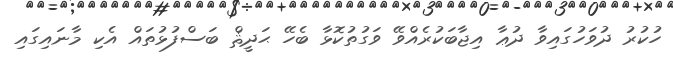
ހުކުރު ދުވަހުގައިވާ ދުޢާ އިޖާބަކުރެއްވޭ ވަގުތުކޮޅާ ބެހޭ ޙަދީޘް ބަސްފުޅުތައް އެކި މާނައިގައި